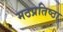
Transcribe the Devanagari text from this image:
मठप्रतिष्ठा